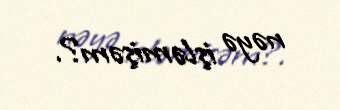
nəyə işləmişəm?.